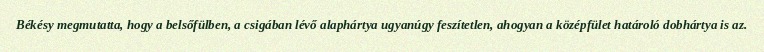
Békésy megmutatta, hogy a belsőfülben, a csigában lévő alaphártya ugyanúgy feszítetlen, ahogyan a középfület határoló dobhártya is az.